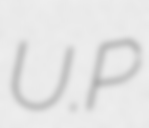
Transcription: U.P